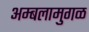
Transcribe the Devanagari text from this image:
अम्बलामुगळ